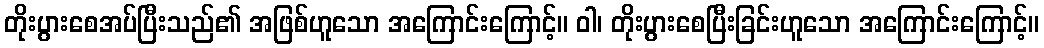
တိုးပွားစေအပ်ပြီးသည်၏ အဖြစ်ဟူသော အကြောင်းကြောင့်။ ဝါ၊ တိုးပွားစေပြီးခြင်းဟူသော အကြောင်းကြောင့်။